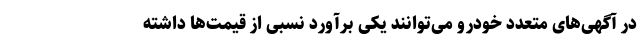
در آگهی‌های متعدد خودرو می‌توانند یکی برآورد نسبی از قیمت‌ها داشته